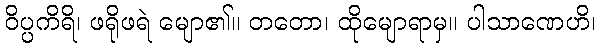
ဝိပ္ပကိရိ၊ ဖရိုဖရဲ မျော၏။ တတော၊ ထိုမျောရာမှ။ ပါသာဏေဟိ၊